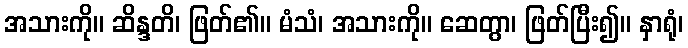
အသားကို။ ဆိန္ဒတိ၊ ဖြတ်၏။ မံသံ၊ အသားကို။ ဆေတွာ၊ ဖြတ်ပြီး၍။ နှာရုံ၊